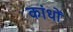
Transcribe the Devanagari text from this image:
कांधों